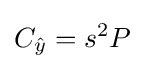
C_{\hat {y}}=s^{2}P